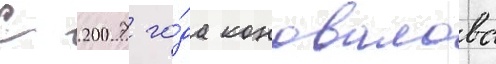
С 2007 го́да коновалова